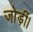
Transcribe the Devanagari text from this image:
जोड़ीं।